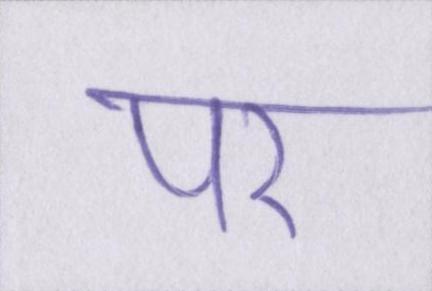
पर